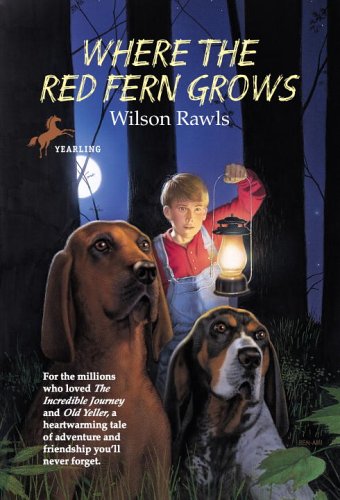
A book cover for Where the Red Fern Grows; Wilson Rawls; Children's Books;